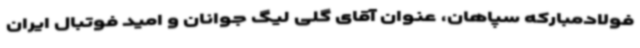
فولادمبارکه سپاهان، عنوان آقای گلی لیگ جوانان و امید فوتبال ایران